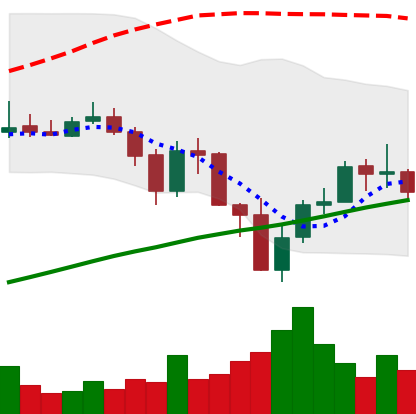
Ticker: BNB-USD
Chart end date: 2019-07-23
Forward return: -5.915%
Label: down_5_7